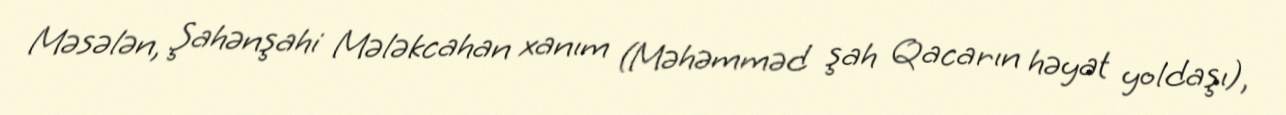
Məsələn, Şahənşahi Mələkcahan xanım (Məhəmməd şah Qacarın həyat yoldaşı),